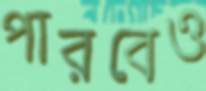
পারবেও